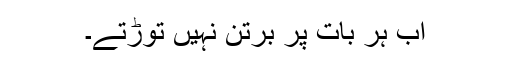
اب ہر بات پر برتن نہیں توڑتے۔